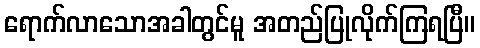
ရောက်လာသောအခါတွင်မူ အတည်ပြုလိုက်ကြရပြီ။